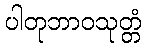
ပါတုဘာဝသုတ္တံ